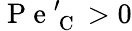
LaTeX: \mathrm{~P~e~}_{\mathrm{~C~}}^{\prime}>0